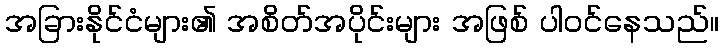
အခြားနိုင်ငံများ၏ အစိတ်အပိုင်းများ အဖြစ် ပါဝင်နေသည်။